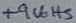
Text: +9Volts